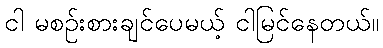
ငါ မစဉ်းစားချင်ပေမယ့် ငါမြင်နေတယ်။